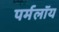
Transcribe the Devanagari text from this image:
पर्मलॉय